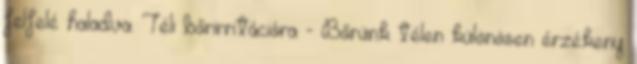
felfelé haladva. Téli bőrirritációra - Bőrünk télen különösen érzékeny